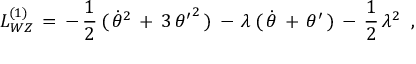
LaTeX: { \cal L } _ { W Z } ^ { ( 1 ) } \, = \, - \, { \frac { 1 } { 2 } } \, ( \, \dot { \theta } ^ { 2 } \, + \, 3 \, { \theta ^ { \prime } } ^ { 2 } \, ) \, - \, \lambda \, ( \, \dot { \theta } \, + \, \theta ^ { \prime } \, ) \, - \, { \frac { 1 } { 2 } } \, \lambda ^ { 2 } \; \; ,